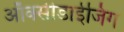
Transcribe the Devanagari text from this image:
ऑक्सीडाईजिंग